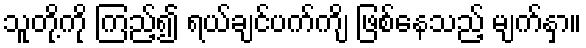
သူတို့ကို ကြည့်၍ ရယ်ချင်ပက်ကျိ ဖြစ်နေသည့် မျက်နှာ။